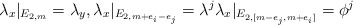
\begin{align*}\lambda_x|_{E_{2,m}}=\lambda_y, \lambda_x|_{E_{2, m+e_i-e_j}}=\lambda^j \lambda_x|_{E_{2, [m-e_j, m+e_i] }}= \phi^j\end{align*}